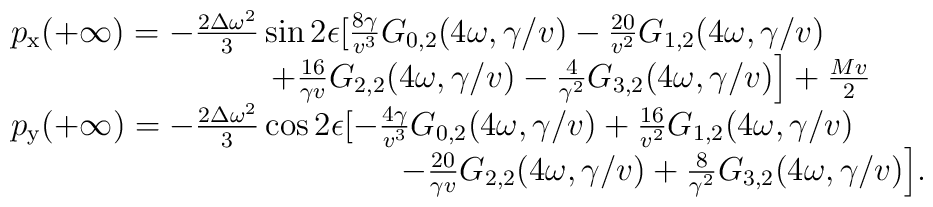
\begin{array} {l}p_{\mathrm{x}}(+\infty) = -{2 \Delta\omega^2\over 3 } \sin{2\epsilon} \bigl [{8\gamma\over v^3} G_{0,2}(4\omega,\gamma/v) - {20\over v^2}G_{1,2}(4\omega,\gamma/v)  \\\qquad \qquad \qquad\qquad+{16\over \gamma v} G_{2,2}(4\omega,\gamma/v) -{4\over \gamma^2} G_{3,2}(4\omega,\gamma/v)\Bigr] + {M v\over 2}\\p_{\mathrm{y}}(+\infty) = -{2 \Delta\omega^2\over 3 } \cos{2\epsilon} \bigl [-{4\gamma\over v^3} G_{0,2}(4\omega,\gamma/v) + {16 \over v^2}G_{1,2}(4\omega,\gamma/v)  \\\qquad \qquad \qquad\qquad\qquad\qquad- {20\over \gamma v} G_{2,2}(4\omega,\gamma/v) +{8\over \gamma^2} G_{3,2}(4\omega,\gamma/v)\Bigr].\end{array}